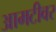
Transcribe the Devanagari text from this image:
आमटीवर